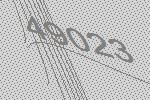
49023